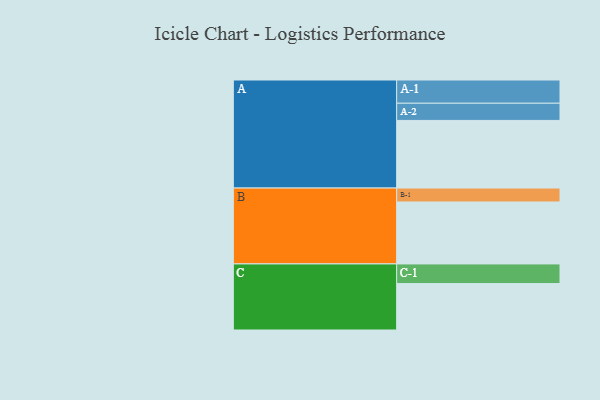
{"axis": {"x": "Segment", "y": "Value"}, "legend": ["", "A", "B", "C"], "data": [{"x": "A", "y": 559, "type": ""}, {"x": "B", "y": 512, "type": ""}, {"x": "C", "y": 384, "type": ""}, {"x": "A-1", "y": 192, "type": "A"}, {"x": "A-2", "y": 142, "type": "A"}, {"x": "B-1", "y": 115, "type": "B"}, {"x": "C-1", "y": 162, "type": "C"}]}